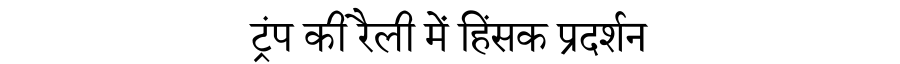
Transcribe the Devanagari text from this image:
ट्रंप की रैली में हिंसक प्रदर्शन